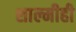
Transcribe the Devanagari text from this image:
शाल्मीही